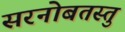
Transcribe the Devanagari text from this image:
सरनोबतस्तु